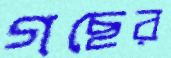
গছের